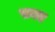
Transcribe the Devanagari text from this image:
फ़ाए